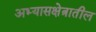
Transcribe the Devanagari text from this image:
अभ्यासक्षेत्रातील